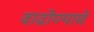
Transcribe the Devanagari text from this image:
वाढोण्याचे